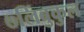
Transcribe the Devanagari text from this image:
७लिंबुकुल